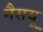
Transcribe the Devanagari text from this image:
नैसयू